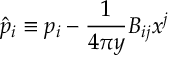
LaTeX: \hat { p } _ { i } \equiv p _ { i } - { \frac { 1 } { 4 \pi y } } B _ { i j } x ^ { j }